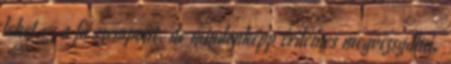
lehet ez a fő szempont, de mindenképp érdemes megvizsgálni,